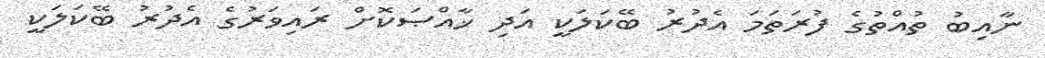
ނާއިބު ތުއްތުގެ ފުރަތަމަ އެދުރު ބޭކަލަކީ އަދި ޚާއްޞަކޮށް ރައިވަރުގެ އެދުރު ބޭކަލަކީ